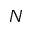
N